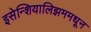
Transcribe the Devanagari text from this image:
इसेन्शियालिझममधून